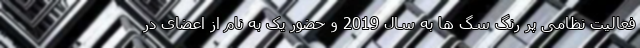
فعالیت نظامی پر رنگ سگ ها به سال 2019 و حضور یک به نام از اعضای در